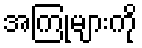
အကြုံများကို